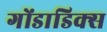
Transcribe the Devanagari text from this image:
गोंडाडिक्‍स